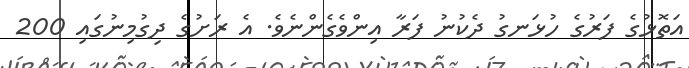
އަތޮޅުގެ ފަރުގެ ހުޅަނގު ދެކުނު ފަރާ އިންވެގެންނެވެ. އެ ރަށުގެ ދިގުމިނުގައި 200